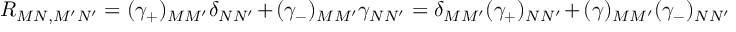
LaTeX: R _ { M N , M ^ { \prime } N ^ { \prime } } = ( \gamma _ { + } ) _ { M M ^ { \prime } } \delta _ { N N ^ { \prime } } + ( \gamma _ { - } ) _ { M M ^ { \prime } } \gamma _ { N N ^ { \prime } } = \delta _ { M M ^ { \prime } } ( \gamma _ { + } ) _ { N N ^ { \prime } } + ( \gamma ) _ { M M ^ { \prime } } ( \gamma _ { - } ) _ { N N ^ { \prime } }